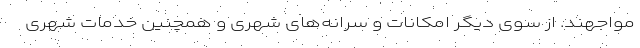
مواجهند. از سوی دیگر امکانات و سرانه‌های شهری و همچنین خدمات شهری